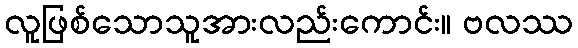
လူဖြစ်သောသူအားလည်းကောင်း။ ဗလဿ